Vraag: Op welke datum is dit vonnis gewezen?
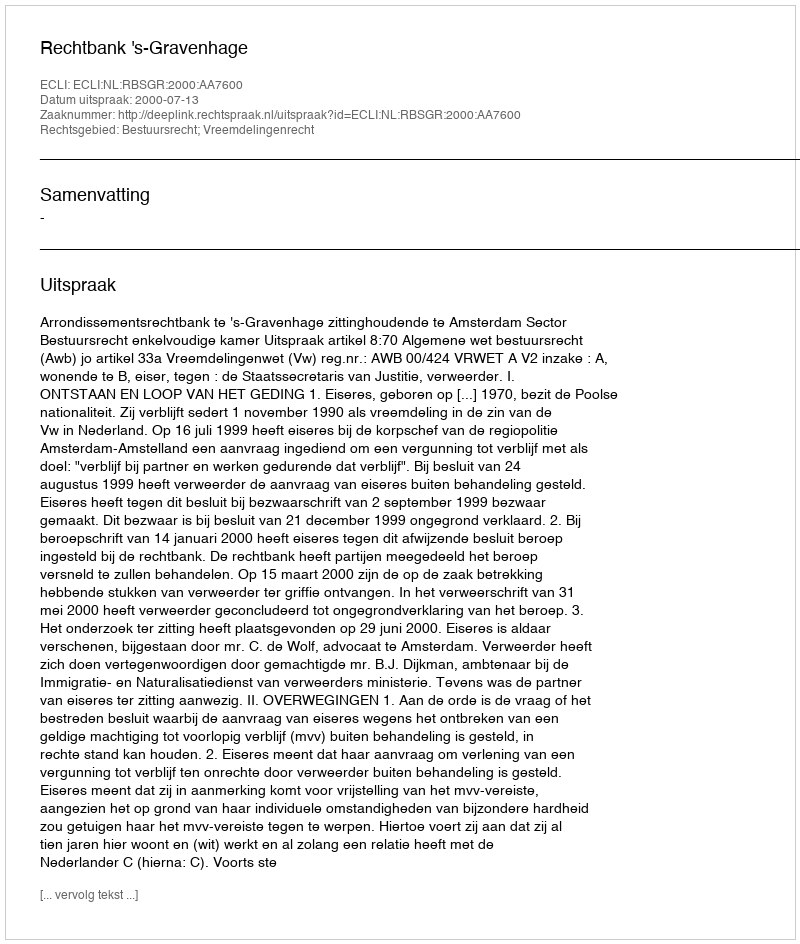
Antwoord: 2000-07-13